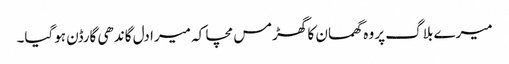
میرے بلاگ پر وہ گھمسان کا گھڑمس مچا کہ میرا دل گاندھی گارڈن ہوگیا۔